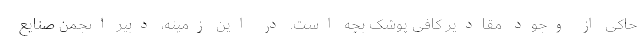
حاکی از وجود مقادیر کافی پوشک بچه است. در این زمینه، دبیر انجمن صنایع